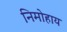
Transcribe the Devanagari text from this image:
निमोहाय